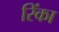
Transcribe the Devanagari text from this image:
रिंका